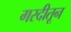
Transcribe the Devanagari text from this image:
गरदीतून